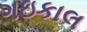
ગઇકાલ